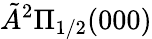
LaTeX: \tilde{A}^{2}\Pi_{1/2}(000)